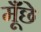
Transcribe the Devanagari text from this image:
मूँछे